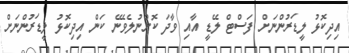
އިދިކޮޅު ލީޑަރުންނަށް ފަސްޓް ލޭޑީ އާއި ވާދަ ކޮށްނުލެވޭނެ ކަން އިދިކޮޅު ލީޑަރުންނަށް